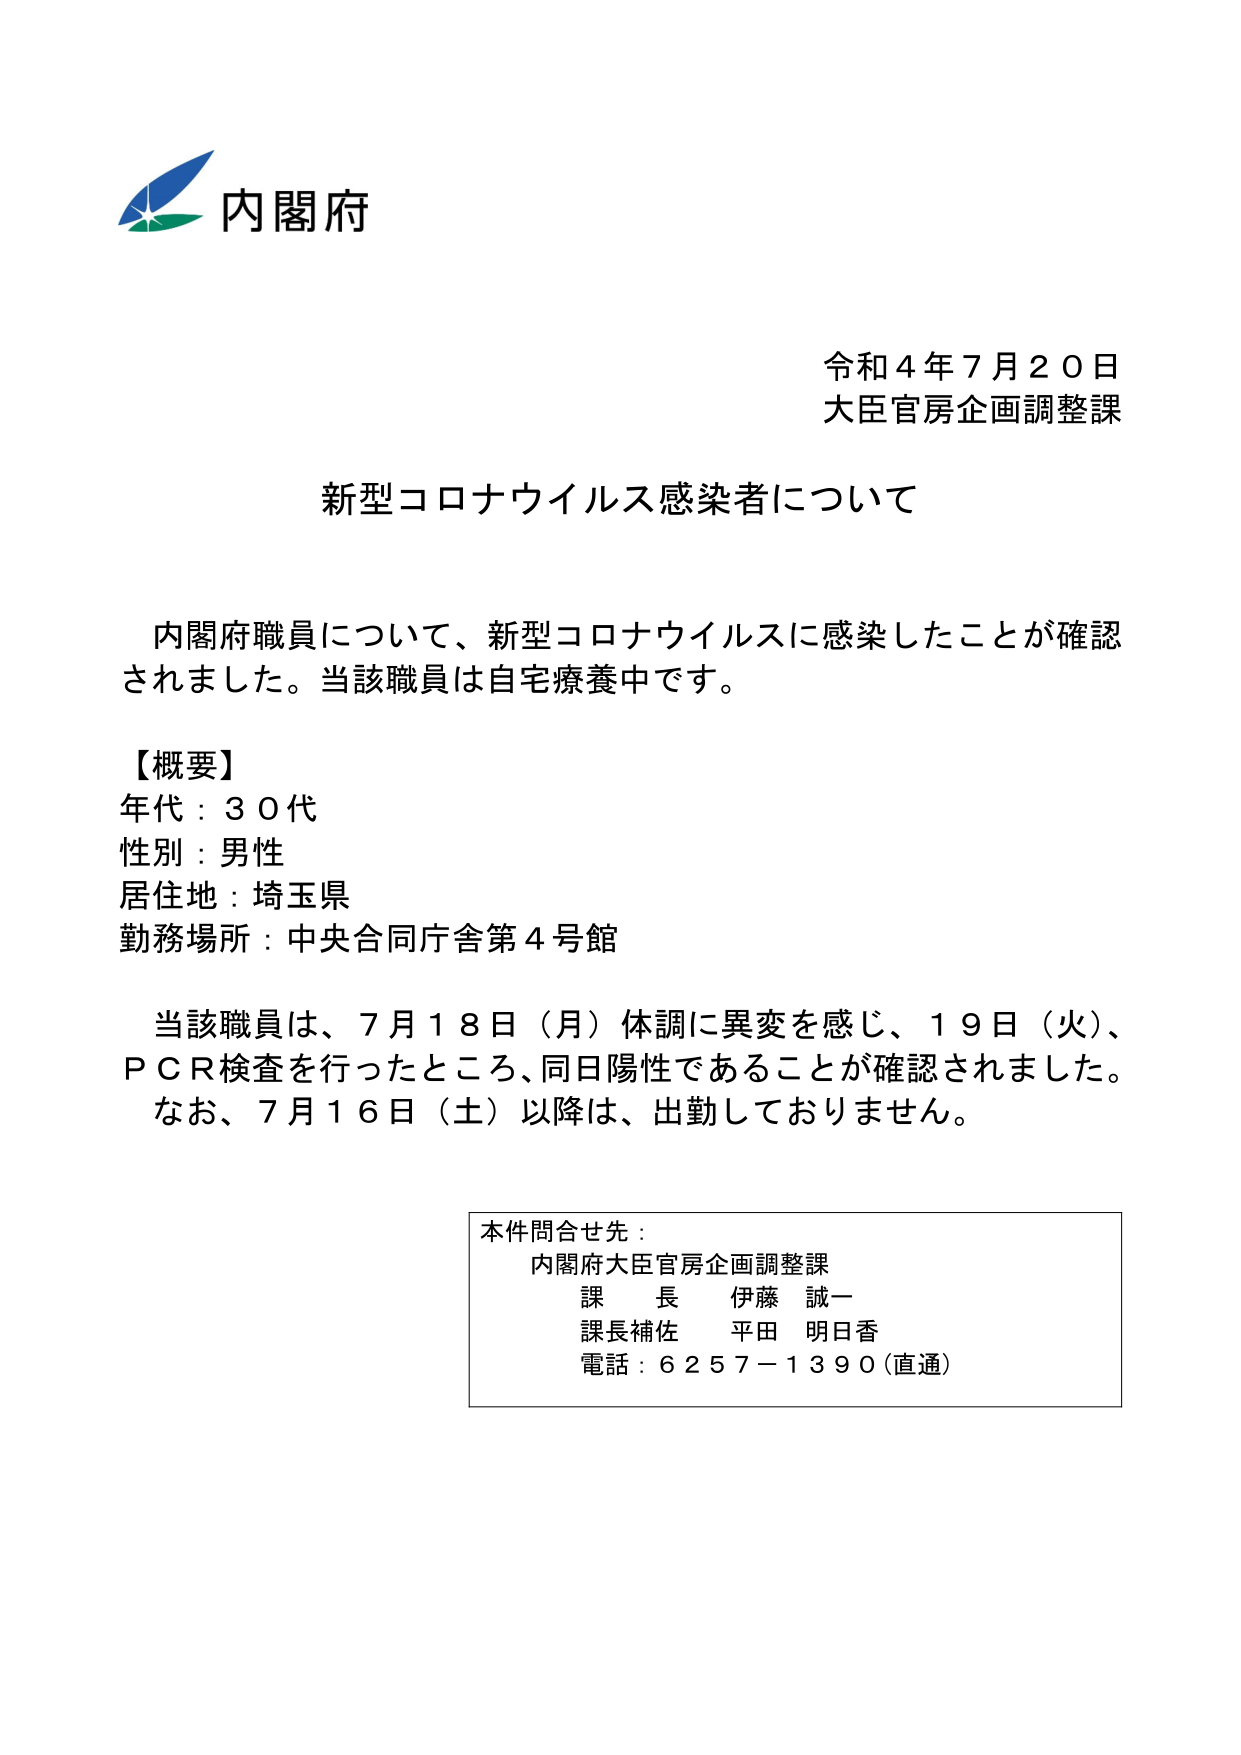
内閣府
令和４年７月２０日
大臣官房企画調整課

新型コロナウイルス感染者について

内閣府職員について、新型コロナウイルスに感染したことが確認されました。当該職員は自宅療養中です。

【概要】
年代：３０代
性別：男性
居住地：埼玉県
勤務場所：中央合同庁舎第４号館

当該職員は、７月１８日（月）体調に異変を感じ、１９日（火）、ＰＣＲ検査を行ったところ、同日陽性であることが確認されました。なお、７月１６日（土）以降は、出勤しておりません。

本件問合せ先：
内閣府大臣官房企画調整課
課長 伊藤 誠一
課長補佐 平田 明日香
電話：６２５７－１３９０（直通）